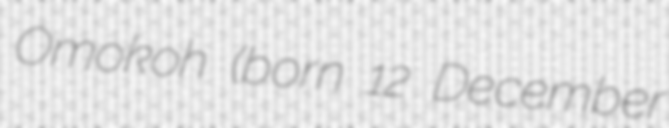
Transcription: Omokoh (born 12 December